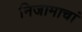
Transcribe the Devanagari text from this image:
निजामाचां